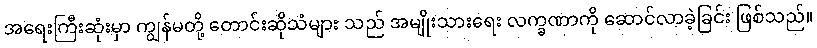
အရေးကြီးဆုံးမှာ ကျွန်မတို့ တောင်းဆိုသံများ သည် အမျိုးသားရေး လက္ခဏာကို ဆောင်လာခဲ့ခြင်း ဖြစ်သည်။